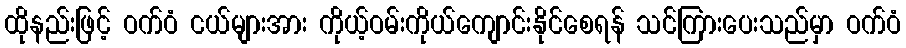
ထိုနည်းဖြင့် ဝက်ဝံ ငယ်များအား ကိုယ့်ဝမ်းကိုယ်ကျောင်းနိုင်စေရန် သင်ကြားပေးသည်မှာ ဝက်ဝံ